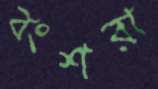
বংশরা